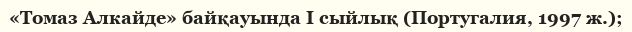
«Томаз Алкайде» байқауында I сыйлық (Португалия, 1997 ж.);